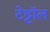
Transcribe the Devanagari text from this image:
टेट्टॉल